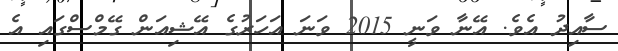
ސާއިދު އެވެ. އޭނާ ވަނީ 2015 ވަނަ އަހަރުގެ އޭޝިއަން ގޭމްސްގައި އެ